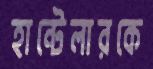
হান্টেলারকে